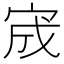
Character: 宬